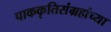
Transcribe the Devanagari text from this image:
पाककृतिसंग्रहांच्या